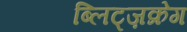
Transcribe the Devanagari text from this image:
ब्लिट्ज़क्रेग